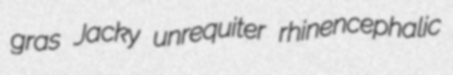
gras Jacky unrequiter rhinencephalic